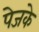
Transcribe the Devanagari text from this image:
पेजके